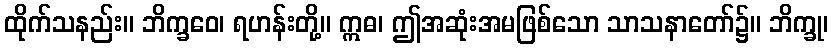
ထိုက်သနည်း။ ဘိက္ခဝေ၊ ရဟန်းတို့။ ဣဓ၊ ဤအဆုံးအမဖြစ်သော သာသနာတော်၌။ ဘိက္ခု၊